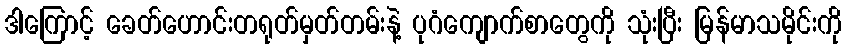
ဒါကြောင့် ခေတ်ဟောင်းတရုတ်မှတ်တမ်းနဲ့ ပုဂံကျောက်စာတွေကို သုံးပြီး မြန်မာသမိုင်းကို